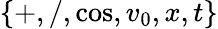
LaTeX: \{ +,/,\cos,v_{0},x,t\}